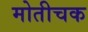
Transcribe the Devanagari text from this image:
मोतीचक